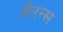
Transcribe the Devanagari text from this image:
बैरन्स